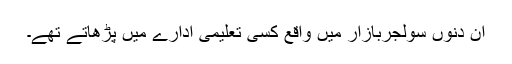
ان دنوں سولجربازار میں واقع کسی تعلیمی ادارے میں پڑھاتے تھے۔